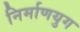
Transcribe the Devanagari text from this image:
निर्माणयुग